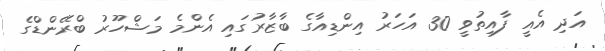
އަދި އެއީ ފާއިތުވީ 30 އަހަރު އިންޑިއާގެ ބާޒާރުގައި އެންމެ މަޝްހޫރު ބްރޭންޑްގެ